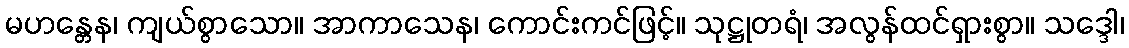
မဟန္တေန၊ ကျယ်စွာသော။ အာကာသေန၊ ကောင်းကင်ဖြင့်။ သုဋ္ဌုတရံ၊ အလွန်ထင်ရှားစွာ။ သဒ္ဒေါ၊